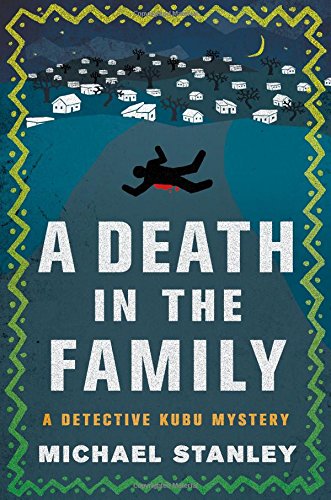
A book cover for A Death in the Family: A Detective Kubu Mystery; Michael Stanley; Literature & Fiction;